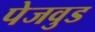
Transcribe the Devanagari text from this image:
पेजवुड